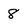
Character: 8